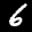
Label: 6